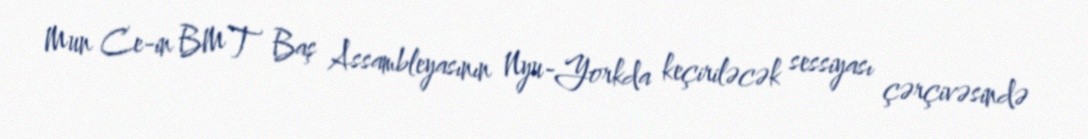
Mun Ce-in BMT Baş Assambleyasının Nyu-Yorkda keçiriləcək sessiyası çərçivəsində